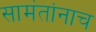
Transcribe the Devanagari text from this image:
सामंतांनाच